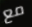
مع